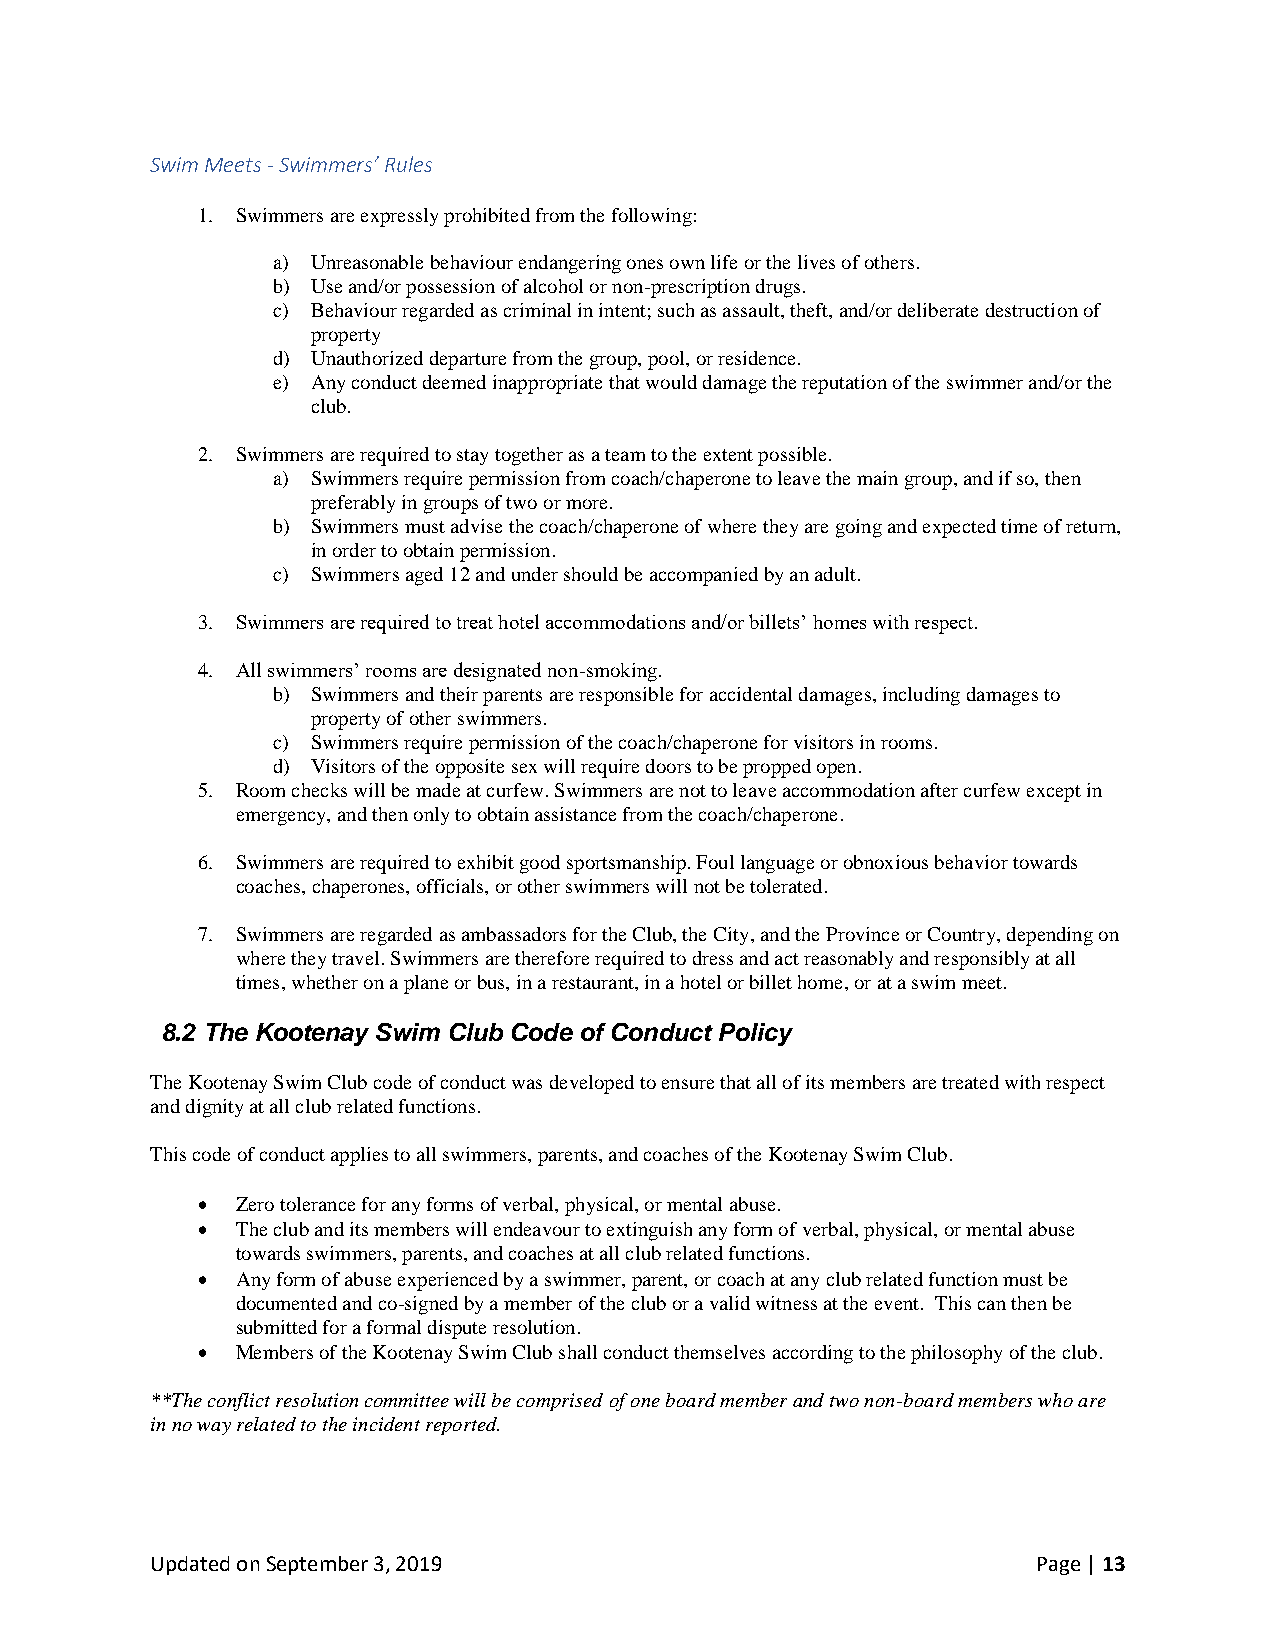
Swim Meets - Swimmers’ Rules
 1. Swimmers are expressly prohibited from the following:
 a) Unreasonable behaviour endangering ones own life or the lives of others.
 b) Use and/or possession of alcohol or non-prescription drugs.
 c) Behaviour regarded as criminal in intent; such as assault, theft, and/or deliberate destruction of
 property
 d) Unauthorized departure from the group, pool, or residence.
 e) Any conduct deemed inappropriate that would damage the reputation of the swimmer and/or the
 club.
 2. Swimmers are required to stay together as a team to the extent possible.
 a) Swimmers require permission from coach/chaperone to leave the main group, and if so, then
 preferably in groups of two or more.
 b) Swimmers must advise the coach/chaperone of where they are going and expected time of return,
 in order to obtain permission.
 c) Swimmers aged 12 and under should be accompanied by an adult.
 3. Swimmers are required to treat hotel accommodations and/or billets’ homes with respect.
 4. All swimmers’ rooms are designated non-smoking.
 b) Swimmers and their parents are responsible for accidental damages, including damages to
 property of other swimmers.
 c) Swimmers require permission of the coach/chaperone for visitors in rooms.
 d) Visitors of the opposite sex will require doors to be propped open.
 5. Room checks will be made at curfew. Swimmers are not to leave accommodation after curfew except in
 emergency, and then only to obtain assistance from the coach/chaperone.
 6. Swimmers are required to exhibit good sportsmanship. Foul language or obnoxious behavior towards
 coaches, chaperones, officials, or other swimmers will not be tolerated.
 7. Swimmers are regarded as ambassadors for the Club, the City, and the Province or Country, depending on
 where they travel. Swimmers are therefore required to dress and act reasonably and responsibly at all
 times, whether on a plane or bus, in a restaurant, in a hotel or billet home, or at a swim meet.
 8.2 The Kootenay Swim Club Code of Conduct Policy
 The Kootenay Swim Club code of conduct was developed to ensure that all of its members are treated with respect
 and dignity at all club related functions.
 This code of conduct applies to all swimmers, parents, and coaches of the Kootenay Swim Club.
 •  Zero tolerance for any forms of verbal, physical, or mental abuse.
 •  The club and its members will endeavour to extinguish any form of verbal, physical, or mental abuse
 towards swimmers, parents, and coaches at all club related functions.
 •  Any form of abuse experienced by a swimmer, parent, or coach at any club related function must be
 documented and co-signed by a member of the club or a valid witness at the event. This can then be
 submitted for a formal dispute resolution.
 •  Members of the Kootenay Swim Club shall conduct themselves according to the philosophy of the club.
 **The conflict resolution committee will be comprised of one board member and two non-board members who are
 in no way related to the incident reported.
 Updated on September 3, 2019                               Page | 13